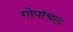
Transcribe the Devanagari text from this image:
गोपांचल